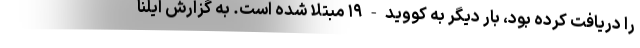
را دریافت کرده بود، بار دیگر به کووید-۱۹ مبتلا شده است. به گزارش ایلنا